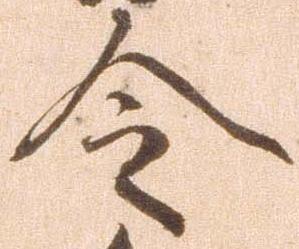
令